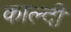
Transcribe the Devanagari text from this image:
काल्दी